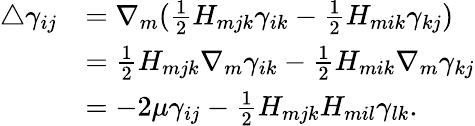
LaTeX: \begin{array}{rl}{\triangle\gamma_{ij}}&{=\nabla_{m}(\frac{1}{2}H_{mjk}\gamma_{ik}-\frac{1}{2}H_{mik}\gamma_{kj})}\\ &{=\frac{1}{2}H_{mjk}\nabla_{m}\gamma_{ik}-\frac{1}{2}H_{mik}\nabla_{m}\gamma_{kj}}\\ &{=-2\mu\gamma_{ij}-\frac{1}{2}H_{mjk}H_{mil}\gamma_{lk}.}\end{array}